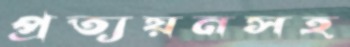
প্রত্যয়নসহ